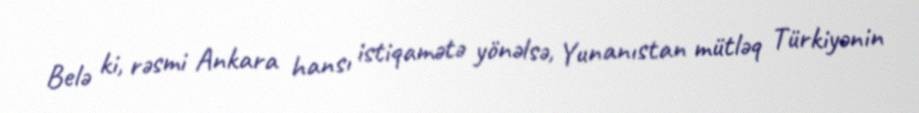
Belə ki, rəsmi Ankara hansı istiqamətə yönəlsə, Yunanıstan mütləq Türkiyənin